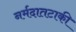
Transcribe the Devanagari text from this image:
नर्मदातटाकी